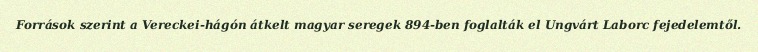
Források szerint a Vereckei-hágón átkelt magyar seregek 894-ben foglalták el Ungvárt Laborc fejedelemtől.